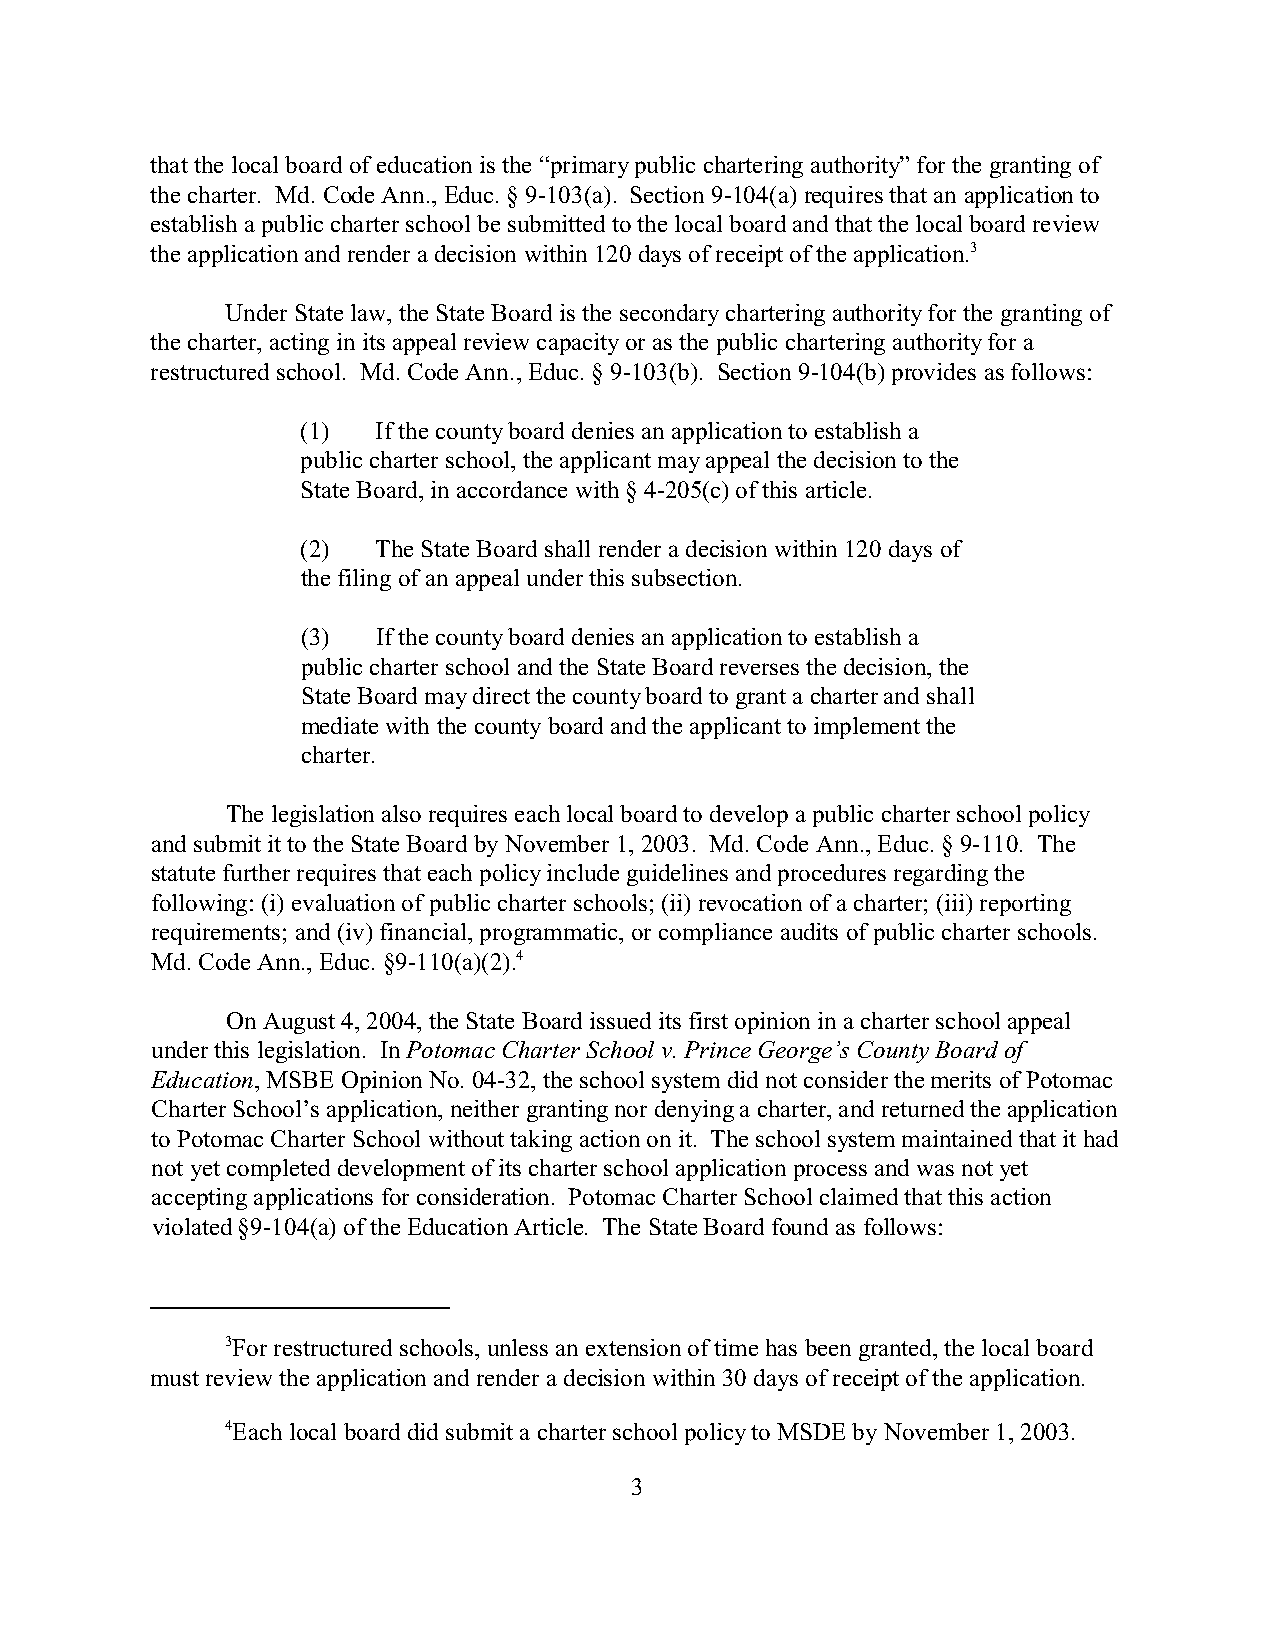
that the local board of education is the “primary public chartering authority” for the granting of
 the charter. Md. Code Ann., Educ. § 9-103(a). Section 9-104(a) requires that an application to
 establish a public charter school be submitted to the local board and that the local board review
 the application and render a decision within 120 days of receipt of the application.3
 Under State law, the State Board is the secondary chartering authority for the granting of
 the charter, acting in its appeal review capacity or as the public chartering authority for a
 restructured school. Md. Code Ann., Educ. § 9-103(b). Section 9-104(b) provides as follows:
 (1)  If the county board denies an application to establish a
 public charter school, the applicant may appeal the decision to the
 State Board, in accordance with § 4-205(c) of this article.
 (2)  The State Board shall render a decision within 120 days of
 the filing of an appeal under this subsection.
 (3)  If the county board denies an application to establish a
 public charter school and the State Board reverses the decision, the
 State Board may direct the county board to grant a charter and shall
 mediate with the county board and the applicant to implement the
 charter.
 The legislation also requires each local board to develop a public charter school policy
 and submit it to the State Board by November 1, 2003. Md. Code Ann., Educ. § 9-110. The
 statute further requires that each policy include guidelines and procedures regarding the
 following: (i) evaluation of public charter schools; (ii) revocation of a charter; (iii) reporting
 requirements; and (iv) financial, programmatic, or compliance audits of public charter schools.
 Md. Code Ann., Educ. §9-110(a)(2).4
 On August 4, 2004, the State Board issued its first opinion in a charter school appeal
 under this legislation. In Potomac Charter School v. Prince George’s County Board of
 Education, MSBE Opinion No. 04-32, the school system did not consider the merits of Potomac
 Charter School’s application, neither granting nor denying a charter, and returned the application
 to Potomac Charter School without taking action on it. The school system maintained that it had
 not yet completed development of its charter school application process and was not yet
 accepting applications for consideration. Potomac Charter School claimed that this action
 violated §9-104(a) of the Education Article. The State Board found as follows:
 3For restructured schools, unless an extension of time has been granted, the local board
 must review the application and render a decision within 30 days of receipt of the application.
 4Each local board did submit a charter school policy to MSDE by November 1, 2003.
 3